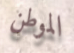
الموطن